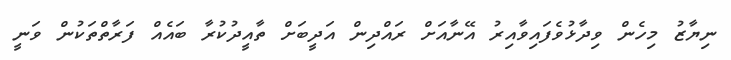
ނިޔާޒު މިހެން ވިދާޅުވެފައިވާއިރު އޭނާއަށް ރައްދިން އަދީބަށް ތާއީދުކުރާ ބައެއް ފަރާތްތަކުން ވަނީ